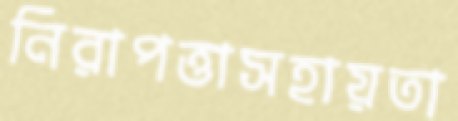
নিরাপত্তাসহায়তা